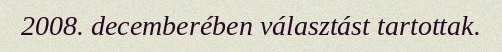
2008. decemberében választást tartottak.